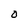
Character: O